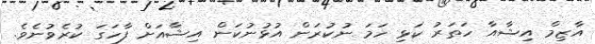
އާޒިމް އިޝާއާ ހަތަރު ކަޅި ހަމަ ނުކުރަން އުޅުނުކަން އިޝާއަށް ފާހަގަ ކުރެވުނެވެ.